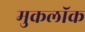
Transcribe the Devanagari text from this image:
मुकलॉक